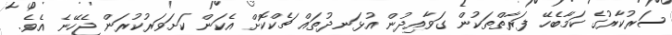
ސަރުކާރުގެ ކަމާބެހޭ ފަރާތްތަކުން ގަވާއިދުން އުޅަނދުތައް ޗެކްކޮށް އެކަން ކަށަވަރުކުރަން ޖެހޭނެ އެވެ.